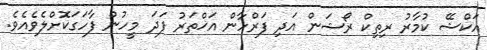
އަކްޝޭ ކުމާރު ރިތިކް ރޯޝަން އަދި ފަރްހާން އަޚްތަރު ފަދަ މީހުން ފާހަގަކޮށްލެވެއެވެ.